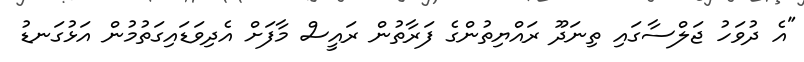
"އެ ދުވަހު ޖަލްސާގައި ތިނަދޫ ރައްޔިތުންގެ ފަރާތުން ރައީސް މާފަށް އެދިވަޑައިގަތުމުން އަޅުގަނޑު